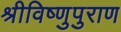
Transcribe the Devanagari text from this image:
श्रीविष्णुपुराण